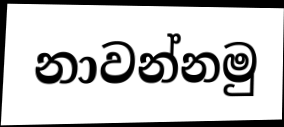
නාවන්නමු